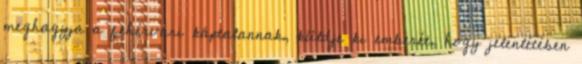
meghagyja a fehérvári káptalannak, küldje ki emberét, hogy jelenlétében